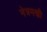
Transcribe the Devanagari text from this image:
नेत्रमणी